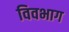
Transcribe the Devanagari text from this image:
विवभाग